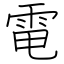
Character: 電